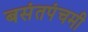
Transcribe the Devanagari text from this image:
बसंतपंचमी